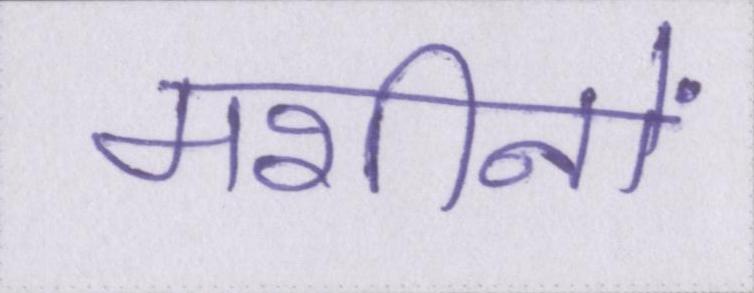
मशीनों